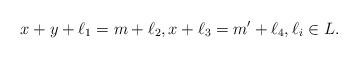
LaTeX: \begin{align*}x+y+\ell_1 = m+\ell_2, x+\ell_3 = m'+\ell_4, \ell_i \in L. \end{align*}